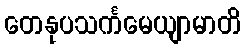
တေနုပသင်္ကမေယျာမာတိ